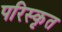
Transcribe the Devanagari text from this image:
परिस्‍कृत